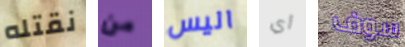
نقتله من اليس أي سوف